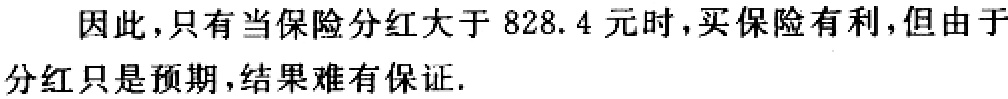
因此，只有当保险分红大于 \(828.4\) 元时，买保险有利，但由于分红只是预期，结果难有保证.